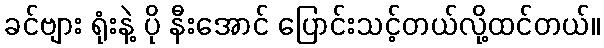
ခင်ဗျား ရုံးနဲ့ ပို နီးအောင် ပြောင်းသင့်တယ်လို့ထင်တယ်။